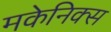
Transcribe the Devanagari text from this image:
मकेनिक्स